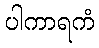
ပါကာရကံ